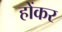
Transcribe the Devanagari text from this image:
होंकर